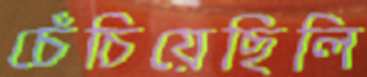
চেঁচিয়েছিলি